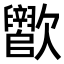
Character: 𬅵